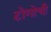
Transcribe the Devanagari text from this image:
टोगोची